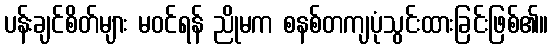
ပန်းချင်စိတ်များ မဝင်ရန် ညိုမက စနစ်တကျပုံသွင်းထားခြင်းဖြစ်၏။